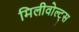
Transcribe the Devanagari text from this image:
मिलीवोल्ट्स